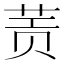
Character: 𰱀